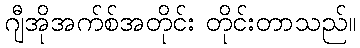
ဂျီအိုအက်စ်အတိုင်း တိုင်းတာသည်။